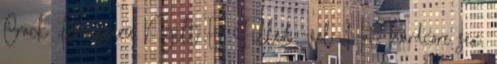
Crack Kényszerű Nyílt És Filled -val Hat. hardcore sex,